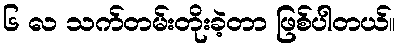
၆ လ သက်တမ်းတိုးခဲ့တာ ဖြစ်ပါတယ်။